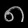
Digit: ၈